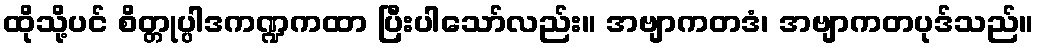
ထိုသို့ပင် စိတ္တုပ္ပါဒကဏ္ဍကထာ ပြီးပါသော်လည်း။ အဗျာကတဒံ၊ အဗျာကတပုဒ်သည်။